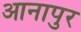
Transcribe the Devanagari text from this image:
आनापुर